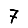
Digit: 7